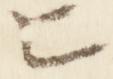
匕